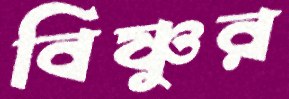
বিষ্ণুর